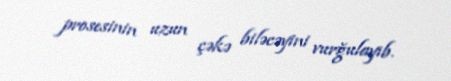
prosesinin uzun çəkə biləcəyini vurğulayıb.